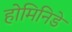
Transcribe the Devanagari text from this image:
होमिनिडे